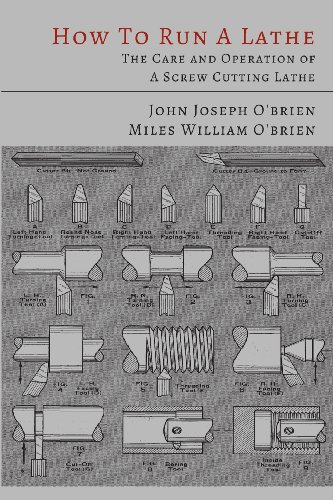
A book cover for How to Run a Lathe: The Care and Operation of a Screw Cutting Lathe; John Joseph O'Brien; Engineering & Transportation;